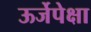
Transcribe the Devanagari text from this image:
ऊर्जेपेक्षा